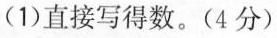
(1)直接写得数。(4分)